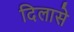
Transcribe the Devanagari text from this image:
दिलासे